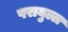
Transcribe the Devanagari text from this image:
परायुल्ल